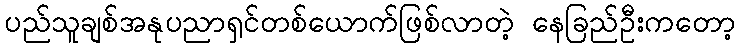
ပည်သူချစ်အနုပညာရှင်တစ်ယောက်ဖြစ်လာတဲ့ နေခြည်ဦးကတော့